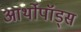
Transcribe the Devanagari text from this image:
आर्थोपॉड्स